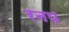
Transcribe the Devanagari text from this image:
रनप